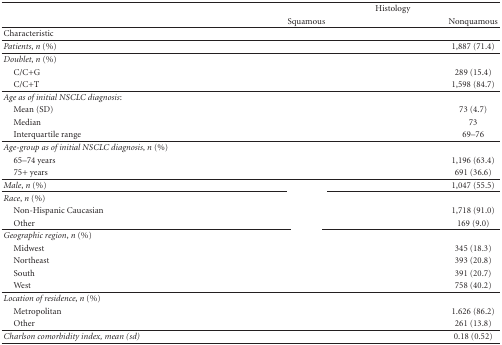
<table><thead><tr><td>[EMPTY_CELL]</td><td colspan="2"><b>Histology</b></td></tr><tr><td>[EMPTY_CELL]</td><td><b>Squamous</b></td><td><b>Nonquamous</b></td></tr></thead><tbody><tr><td>Characteristic</td><td>[EMPTY_CELL]</td><td>[EMPTY_CELL]</td></tr><tr><td><i>Patients</i>, <i>n</i> (%)</td><td>[EMPTY_CELL]</td><td>1,887 (71.4)</td></tr><tr><td><i>Doublet</i>, <i>n</i> (%)</td><td>[EMPTY_CELL]</td><td>[EMPTY_CELL]</td></tr><tr><td> C/C+G</td><td>[EMPTY_CELL]</td><td>289 (15.4)</td></tr><tr><td> C/C+T</td><td>[EMPTY_CELL]</td><td>1,598 (84.7)</td></tr><tr><td><i>Age as of initial NSCLC diagnosis</i>:</td><td>[EMPTY_CELL]</td><td>[EMPTY_CELL]</td></tr><tr><td> Mean (SD)</td><td>[EMPTY_CELL]</td><td>73 (4.7)</td></tr><tr><td> Median</td><td>[EMPTY_CELL]</td><td>73</td></tr><tr><td> Interquartile range</td><td>[EMPTY_CELL]</td><td>69–76</td></tr><tr><td><i>Age-group as of initial NSCLC diagnosis</i>, <i>n</i> (%)</td><td>[EMPTY_CELL]</td><td>[EMPTY_CELL]</td></tr><tr><td> 65–74 years</td><td>[EMPTY_CELL]</td><td>1,196 (63.4)</td></tr><tr><td> 75+ years</td><td>[EMPTY_CELL]</td><td>691 (36.6)</td></tr><tr><td><i>Male</i>, <i>n</i> (%)</td><td>[EMPTY_CELL]</td><td>1,047 (55.5)</td></tr><tr><td><i>Race</i>, <i>n</i> (%)</td><td>[EMPTY_CELL]</td><td>[EMPTY_CELL]</td></tr><tr><td> Non-Hispanic Caucasian</td><td>[EMPTY_CELL]</td><td>1,718 (91.0)</td></tr><tr><td> Other</td><td>[EMPTY_CELL]</td><td>169 (9.0)</td></tr><tr><td><i>Geographic region</i>, <i>n</i> (%)</td><td>[EMPTY_CELL]</td><td>[EMPTY_CELL]</td></tr><tr><td> Midwest</td><td>[EMPTY_CELL]</td><td>345 (18.3)</td></tr><tr><td> Northeast</td><td>[EMPTY_CELL]</td><td>393 (20.8)</td></tr><tr><td> South</td><td>[EMPTY_CELL]</td><td>391 (20.7)</td></tr><tr><td> West</td><td>[EMPTY_CELL]</td><td>758 (40.2)</td></tr><tr><td><i>Location of residence</i>, <i>n</i> (%)</td><td>[EMPTY_CELL]</td><td>[EMPTY_CELL]</td></tr><tr><td> Metropolitan</td><td>[EMPTY_CELL]</td><td>1.626 (86.2)</td></tr><tr><td> Other</td><td>[EMPTY_CELL]</td><td>261 (13.8)</td></tr><tr><td><i>Charlson comorbidity index, mean (sd)</i></td><td>[EMPTY_CELL]</td><td>0.18 (0.52)</td></tr></tbody></table>